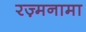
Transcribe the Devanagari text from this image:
रज़्मनामा